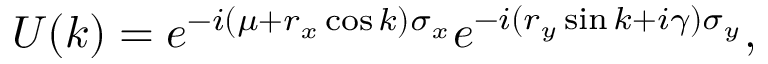
U ( k ) = e ^ { - i ( \mu + r _ { x } \cos k ) \sigma _ { x } } e ^ { - i ( r _ { y } \sin k + i \gamma ) \sigma _ { y } } ,